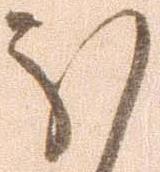
ほ